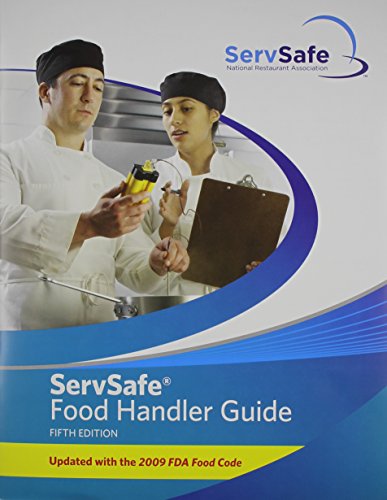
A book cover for ServSafe Food Handler Guide 5th Edition Update (5th Edition); National Restaurant Association; Sports & Outdoors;